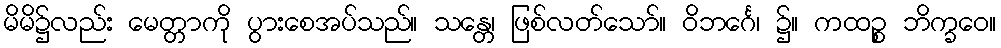
မိမိ၌လည်း မေတ္တာကို ပွားစေအပ်သည်။ သန္တေ၊ ဖြစ်လတ်သော်။ ဝိဘင်္ဂေ၊ ၌။ ကထဉ္စ ဘိက္ခဝေ။